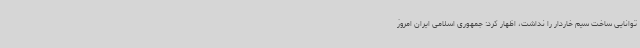
توانایی ساخت سیم خاردار را نداشت، اظهار کرد: جمهوری اسلامی ایران امروز